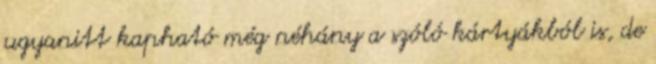
ugyanitt kapható még néhány a szóló kártyákból is, de